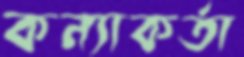
কন্যাকর্তা